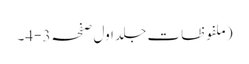
(ملفوظات جلد اول صفحہ3-4۔